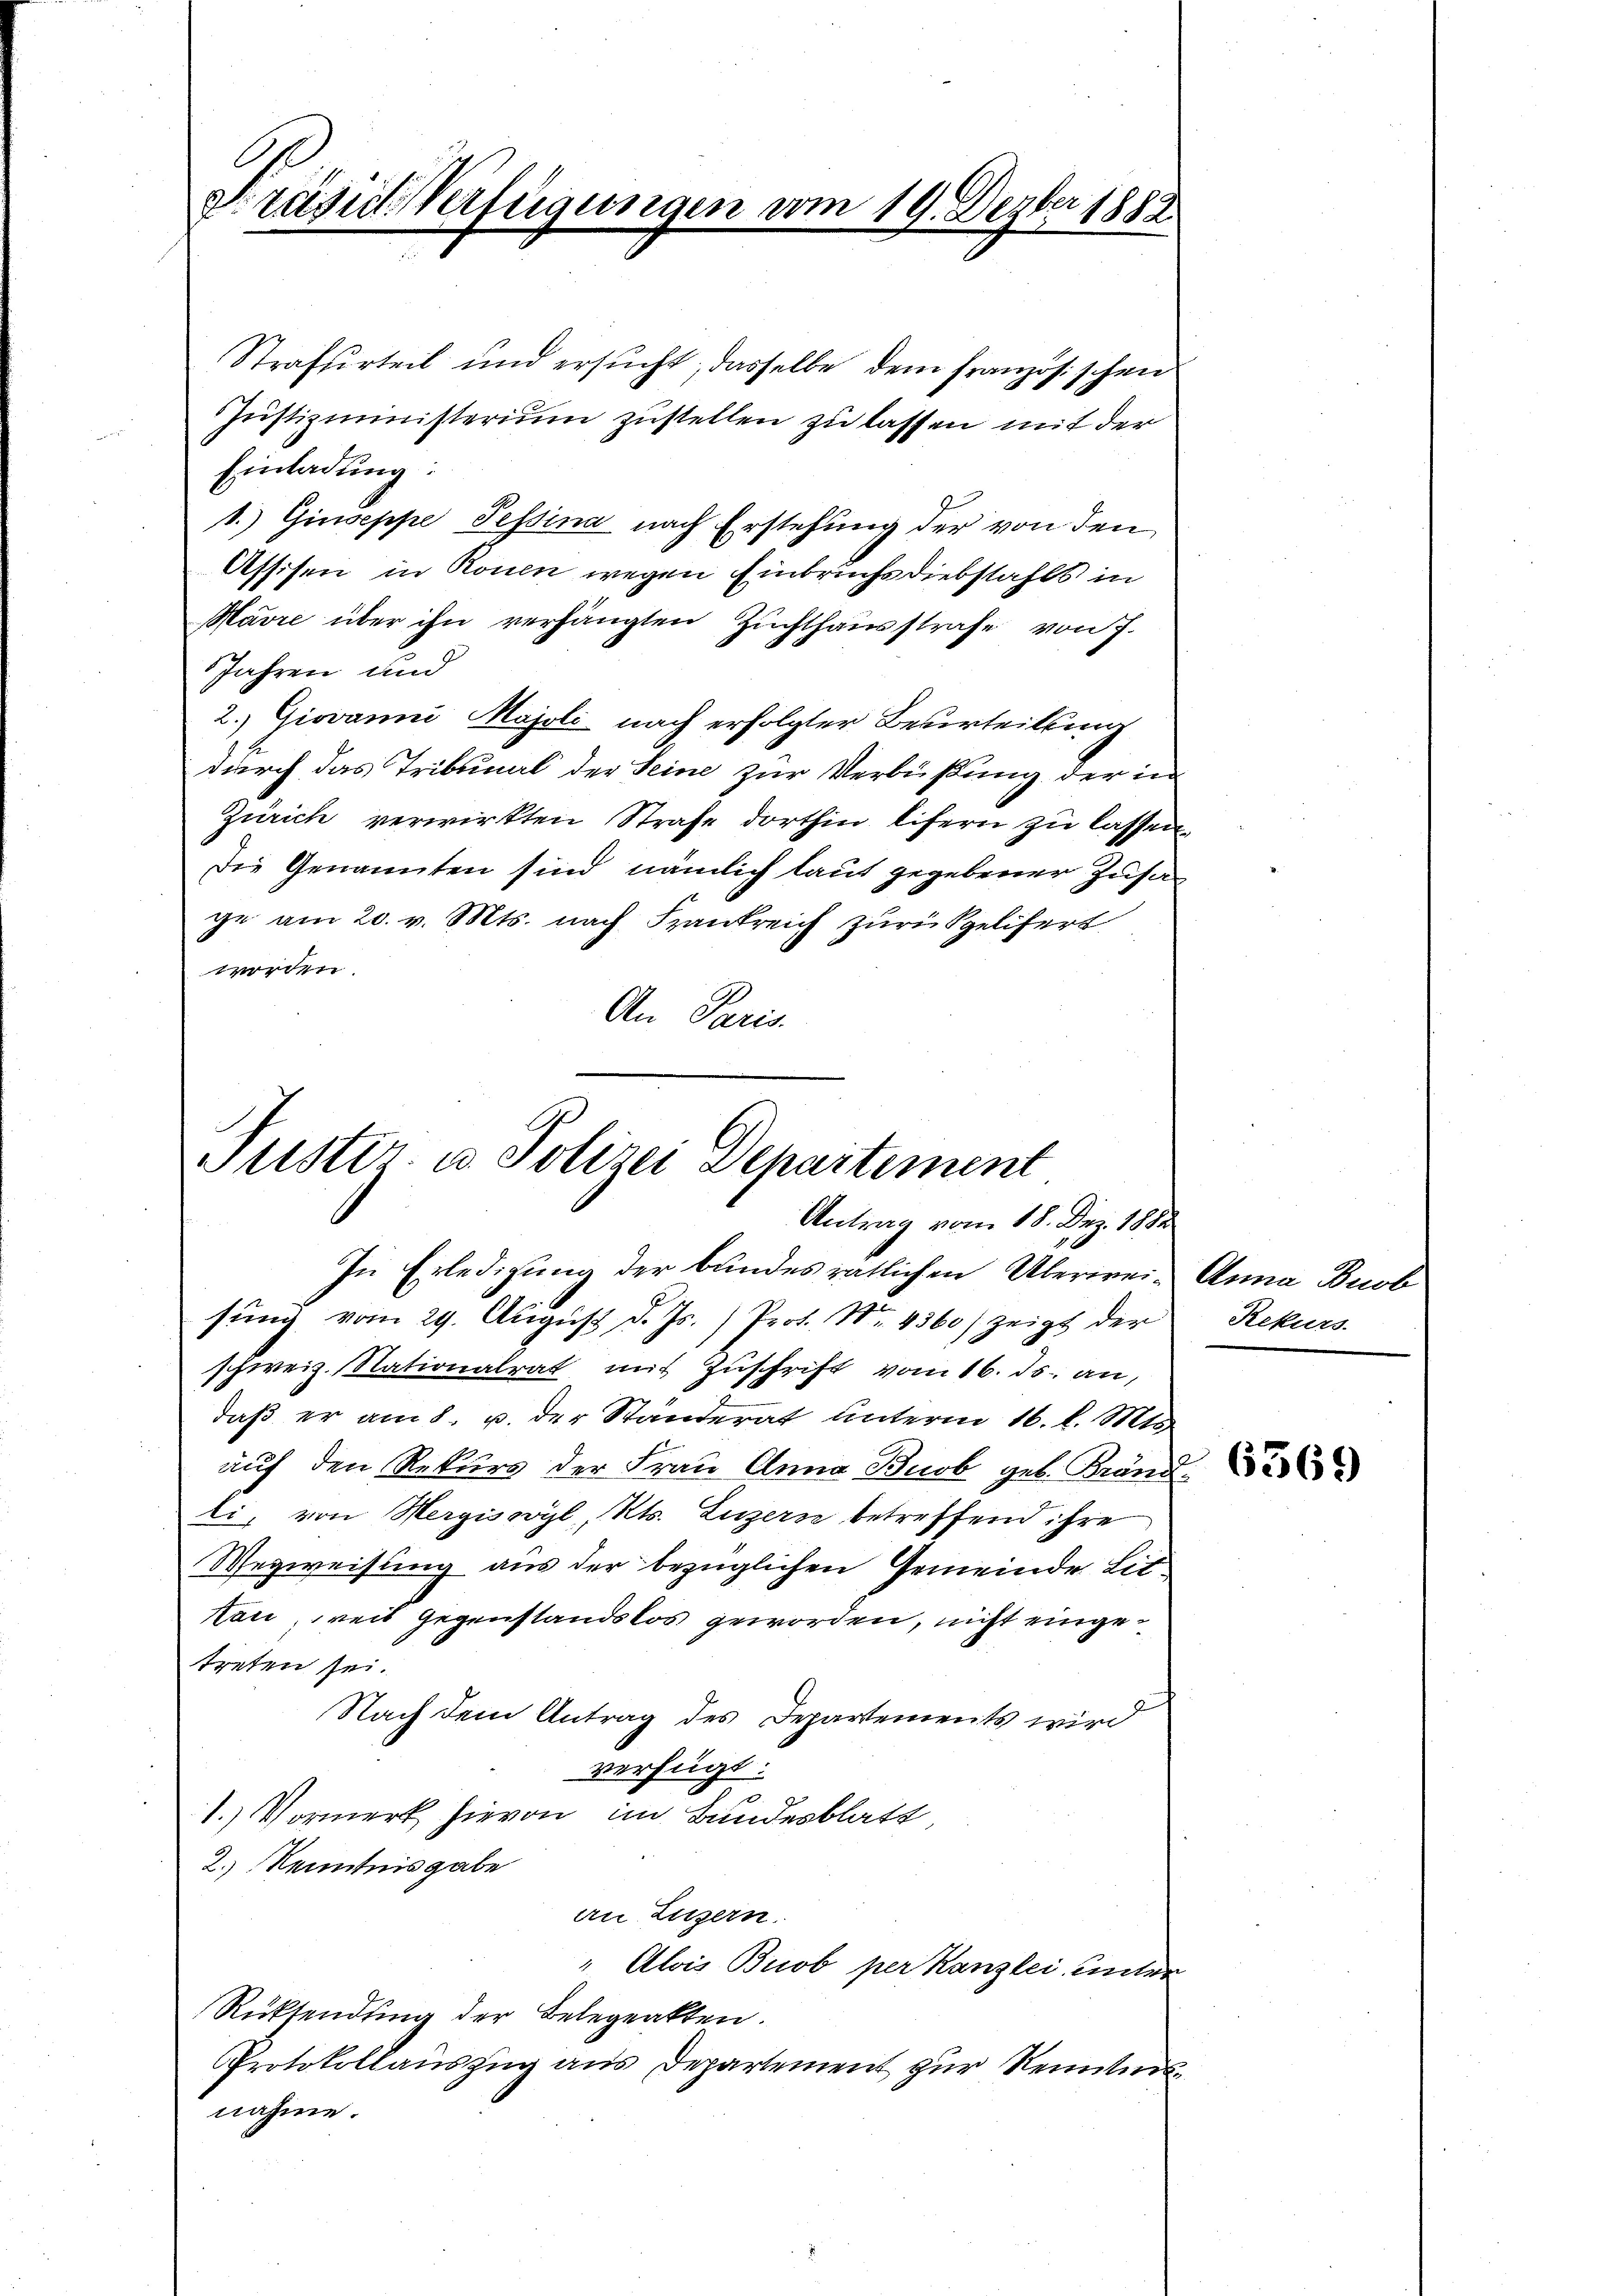
Präside Verfügungen vom 19. Dezber 1882

Strafurteil und ersucht, dasselbe dem französischen
Justizministerium zustellen zu lassen mit der
Einladung:
1.) Giuseppe Tessina nach Erstehung der von den
Assisen in Ronen wegen Einbruchs Diebstahls in
Havre über ihn verhängten Zuchthausstrafe von 7.
Jahren und
2. Giovanni Majoli nach erfolgter Beurteilung
durch das Tribunal der Seine zur Verbüßung der in
Zürich verwirkten Strafe dorthin lifern zu lassen.
Die Genannten sind, nämlich laut gegebener Zusa
ge am 20. v. Mts. nach Frankreich zurükgelifert
worden.
An Paris.

Pustiz- u. Polizei Departement
Antrag vom 18. Dez. 1882

In Erledigung der bundes rätlichen Überwei- Anna Buob
sŭng vom 29. Aŭgŭst d. Js.) Prot. No. 4360) zeigt der
schweiz. Nationalrat mit Zuschrift vom 16. ds. an,
daß er am 8. u. der Standerat unterm 16. l. Mts
auf den Rekurs der Frau Anna Buob geb. Bränd
li, von Wergiswyl, Kts. Luzern betreffend ihre
Wegweisung aus der bezüglichen Gemeinde Lit
Han, weit Gegenstandslos geworden, nicht eingetreten sei.
Nach dem Antrag des Departements wird
verfügt:
1.) Vormerk hievon im Bundesblatt
2.) Kenntnisgabe
an Luzern.
" Alois Brob per Kanzlei unter
Rücksendung der Belegeakten.
Protokollauszug aus Departement zur Renntnis
nahme.

Rekurs.

6569